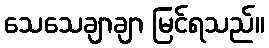
သေသေချာချာ မြင်ရသည်။